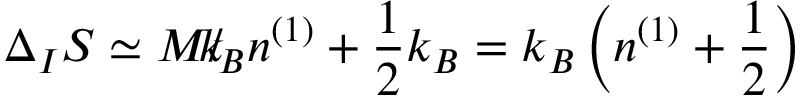
\Delta _ { I } S \simeq M { \slash \! \! \! k } _ { \! { B } } n ^ { ( 1 ) } + \frac { 1 } { 2 } k _ { B } = k _ { B } \left( n ^ { ( 1 ) } + \frac { 1 } { 2 } \right)